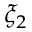
\xi _ { 2 }